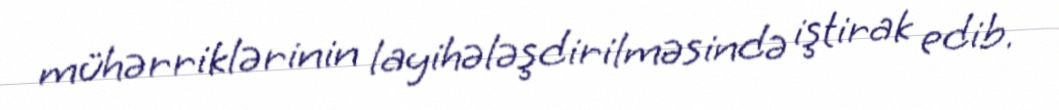
mühərriklərinin layihələşdirilməsində iştirak edib.